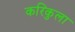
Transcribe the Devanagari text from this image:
करिकुला